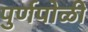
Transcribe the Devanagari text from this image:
पुर्णपोळी